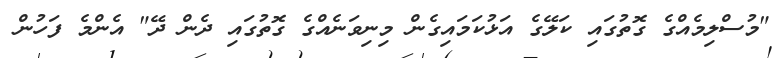
"މުސްލިމެއްގެ ގޮތުގައި ކަލޭގެ އަޅުކަމައިގެން މިނިވަނެއްގެ ގޮތުގައި ދެން ދޭ" އެންމެ ފަހުން